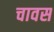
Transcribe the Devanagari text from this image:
चावस